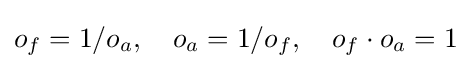
o_{f}=1/o_{a},\quad o_{a}=1/o_{f},\quad o_{f}\cdot o_{a}=1